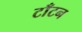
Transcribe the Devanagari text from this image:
टाँटन